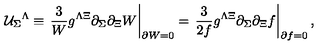
{ \cal U } _ { \Sigma } { } ^ { \Lambda } \equiv \left. \frac { 3 } { W } g ^ { \Lambda \Xi } \partial _ { \Sigma } \partial _ { \Xi } W \right| _ { \partial W = 0 } = \left. \frac { 3 } { 2 f } g ^ { \Lambda \Xi } \partial _ { \Sigma } \partial _ { \Xi } f \right| _ { \partial f = 0 } ,